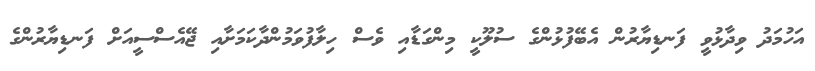
އަހުމަދު ވިދާޅުވީ ފަނޑިޔާރުން އެބޭފުޅުންގެ ސުލޫކީ މިންގަޑާއި ވެސް ހިލާފުވަމުންދާކަމަށާއި ޖޭއެސްސީއަށް ފަނޑިޔާރުންގެ